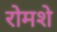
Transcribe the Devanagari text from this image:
रोमशे